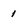
Character: 1